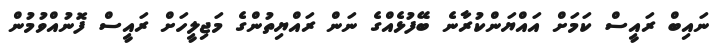
ނައިބް ރައީސް ކަމަށް އައްޔަންކުރާނެ ބޭފުޅެއްގެ ނަން ރައްޔިތުންގެ މަޖިލީހަށް ރައީސް ފޮނުއްވުމުން